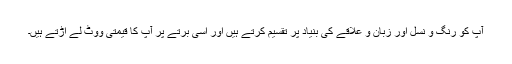
آپ کو رنگ و نسل اور زبان و علاقے کی بنیاد پر تقسیم کرتے ہیں اور اِسی برتے پر آپ کا قیمتی ووٹ لے اُڑتے ہیں۔